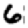
Digit: 6